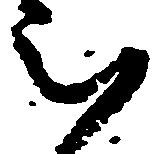
被